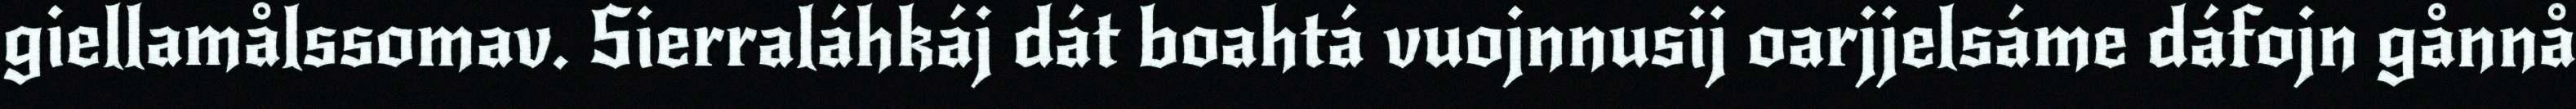
giellamålssomav. Sierraláhkáj dát boahtá vuojnnusij oarjjelsáme dáfojn gånnå